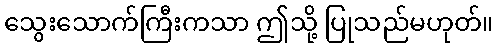
သွေးသောက်ကြီးကသာ ဤသို့ ပြုသည်မဟုတ်။